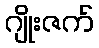
ဂျိုးဇက်